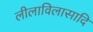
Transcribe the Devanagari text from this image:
लीलाविलासादि